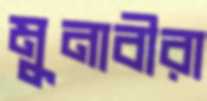
মুনাবীরা